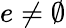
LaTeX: e\neq\emptyset